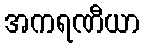
အကရဏီယာ